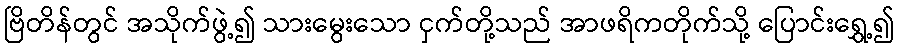
ဗြိတိန်တွင် အသိုက်ဖွဲ့၍ သားမွေးသော ငှက်တို့သည် အာဖရိကတိုက်သို့ ပြောင်းရွှေ့၍